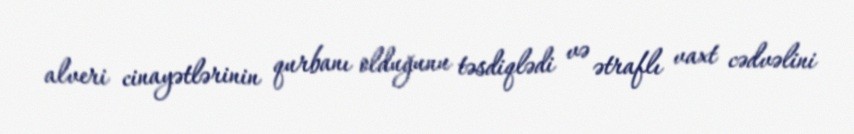
alveri cinayətlərinin qurbanı olduğunu təsdiqlədi və ətraflı vaxt cədvəlini